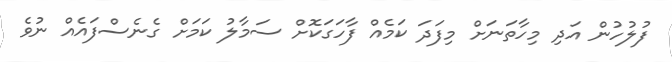
ފުލުހުން އަދި މިހާތަނަށް މިފަދަ ކަމެއް ފާހަގަކޮށް ސަމާލު ކަމަށް ގެނެސްފައެއް ނުވެ